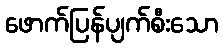
ဖောက်ပြန်ပျက်စီးသော